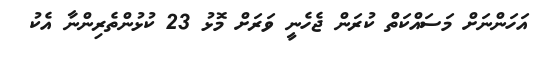
އަހަންނަށް މަސައްކަތް ކުރަން ޖެހެނީ ވަރަށް މޮޅު 23 ކުޅުންތެރިންނާ އެކު